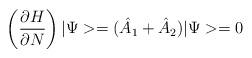
LaTeX: \begin{align*}\left(\frac{\partial H}{\partial N}\right) |\Psi> = ( \hat{A}_{1} +\hat{A}_{2} ) |\Psi> = 0\end{align*}